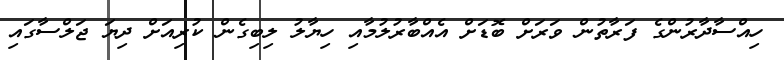
ހިއްސާދާރުންގެ ފަރާތުން ވަރަށް ބޮޑަށް އެއްބާރުލުމާއި ހިޔާލު ލިބިގެން ކުރިއަށް ދިޔަ ޖަލްސާގައި